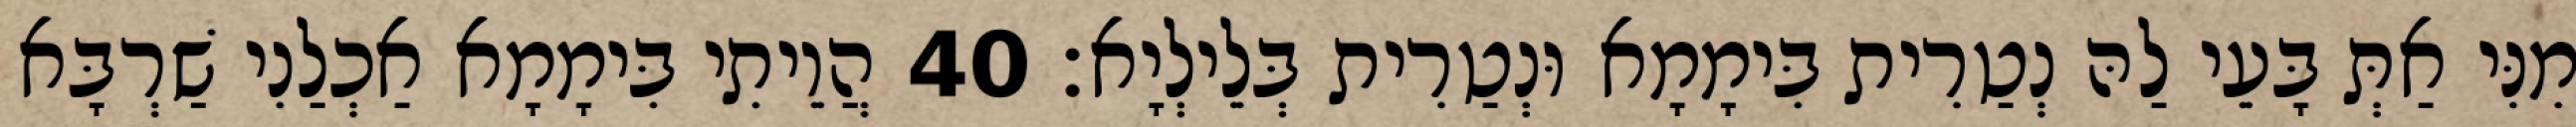
מִנִּי אַתְּ בָּעֵי לַהּ נְטַרִית בִּימָמָא וּנְטַרִית בְּלֵילְיָא׃ 40 הֲוֵיתִי בִּימָמָא אַכְלַנִי שַׁרְבָּא